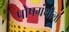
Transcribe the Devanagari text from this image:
पोषग्रंथीला